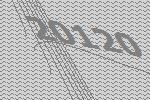
20120